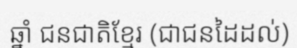
ឆ្នាំ ជនជាតិខ្មែរ (ជាជនដៃដល់)